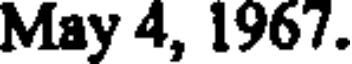
May 4, 1967.